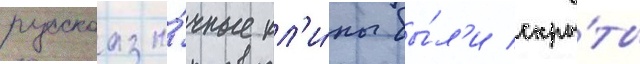
русскоазы́чные кл'и́пы бы́л'и скры́ты